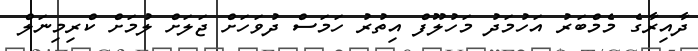
ދާއިރާގެ މެމްބަރު އަހުމަދު މަހުލޫފް އިތުރު ހަމަސް ދުވަހަށް ޖަލަށް ލުމަށް ކްރިމިނަލް